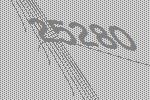
25280